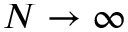
N \rightarrow \infty